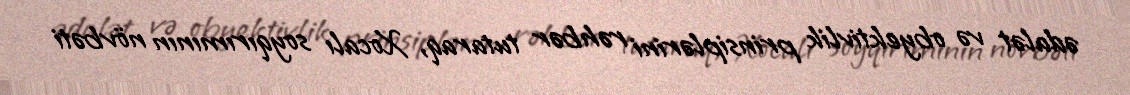
ədalət və obyektivlik prinsiplərini rəhbər tutaraq, Xocalı soyqırımının növbəti